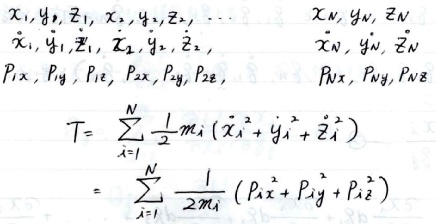
\[
\begin{align*}
&x_1,y_1,z_1,x_2,y_2,z_2,\cdots\quad x_N,y_N,z_N\\
&\dot{x}_1,\dot{y}_1,\dot{z}_1,\dot{x}_2,\dot{y}_2,\dot{z}_2,\quad \dot{x}_N,\dot{y}_N,\dot{z}_N\\
&P_{i x},P_{i y},P_{i z},P_{a x},P_{a y},P_{a z},\quad P_{N x},P_{N y},P_{N z}\\
&T=\sum_{i = 1}^{N}\frac{1}{2}m_i(\dot{x}_i^2+\dot{y}_i^2+\dot{z}_i^2)\\
&=\sum_{i = 1}^{N}\frac{1}{2m_i}(P_{i x}^2+P_{i y}^2+P_{i z}^2)
\end{align*}
\]